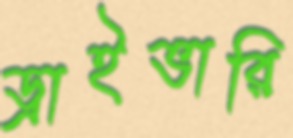
ড্রাইভারি